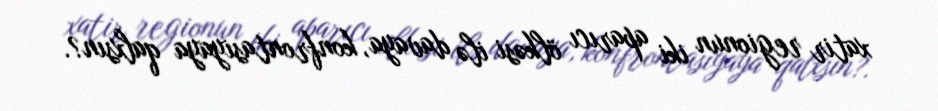
xatir regionun iki aparıcı ölkəsi ilə davaya, konfrontasiyaya qalxsın?.